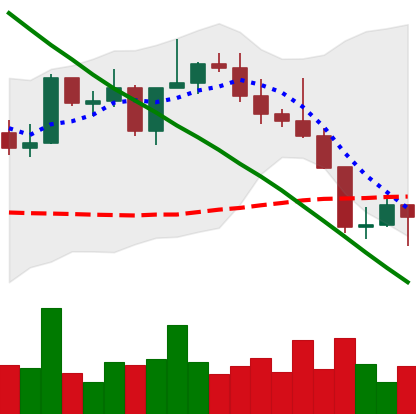
Ticker: NEO-USD
Chart end date: 2022-08-22
Forward return: -5.532%
Label: down_5_7